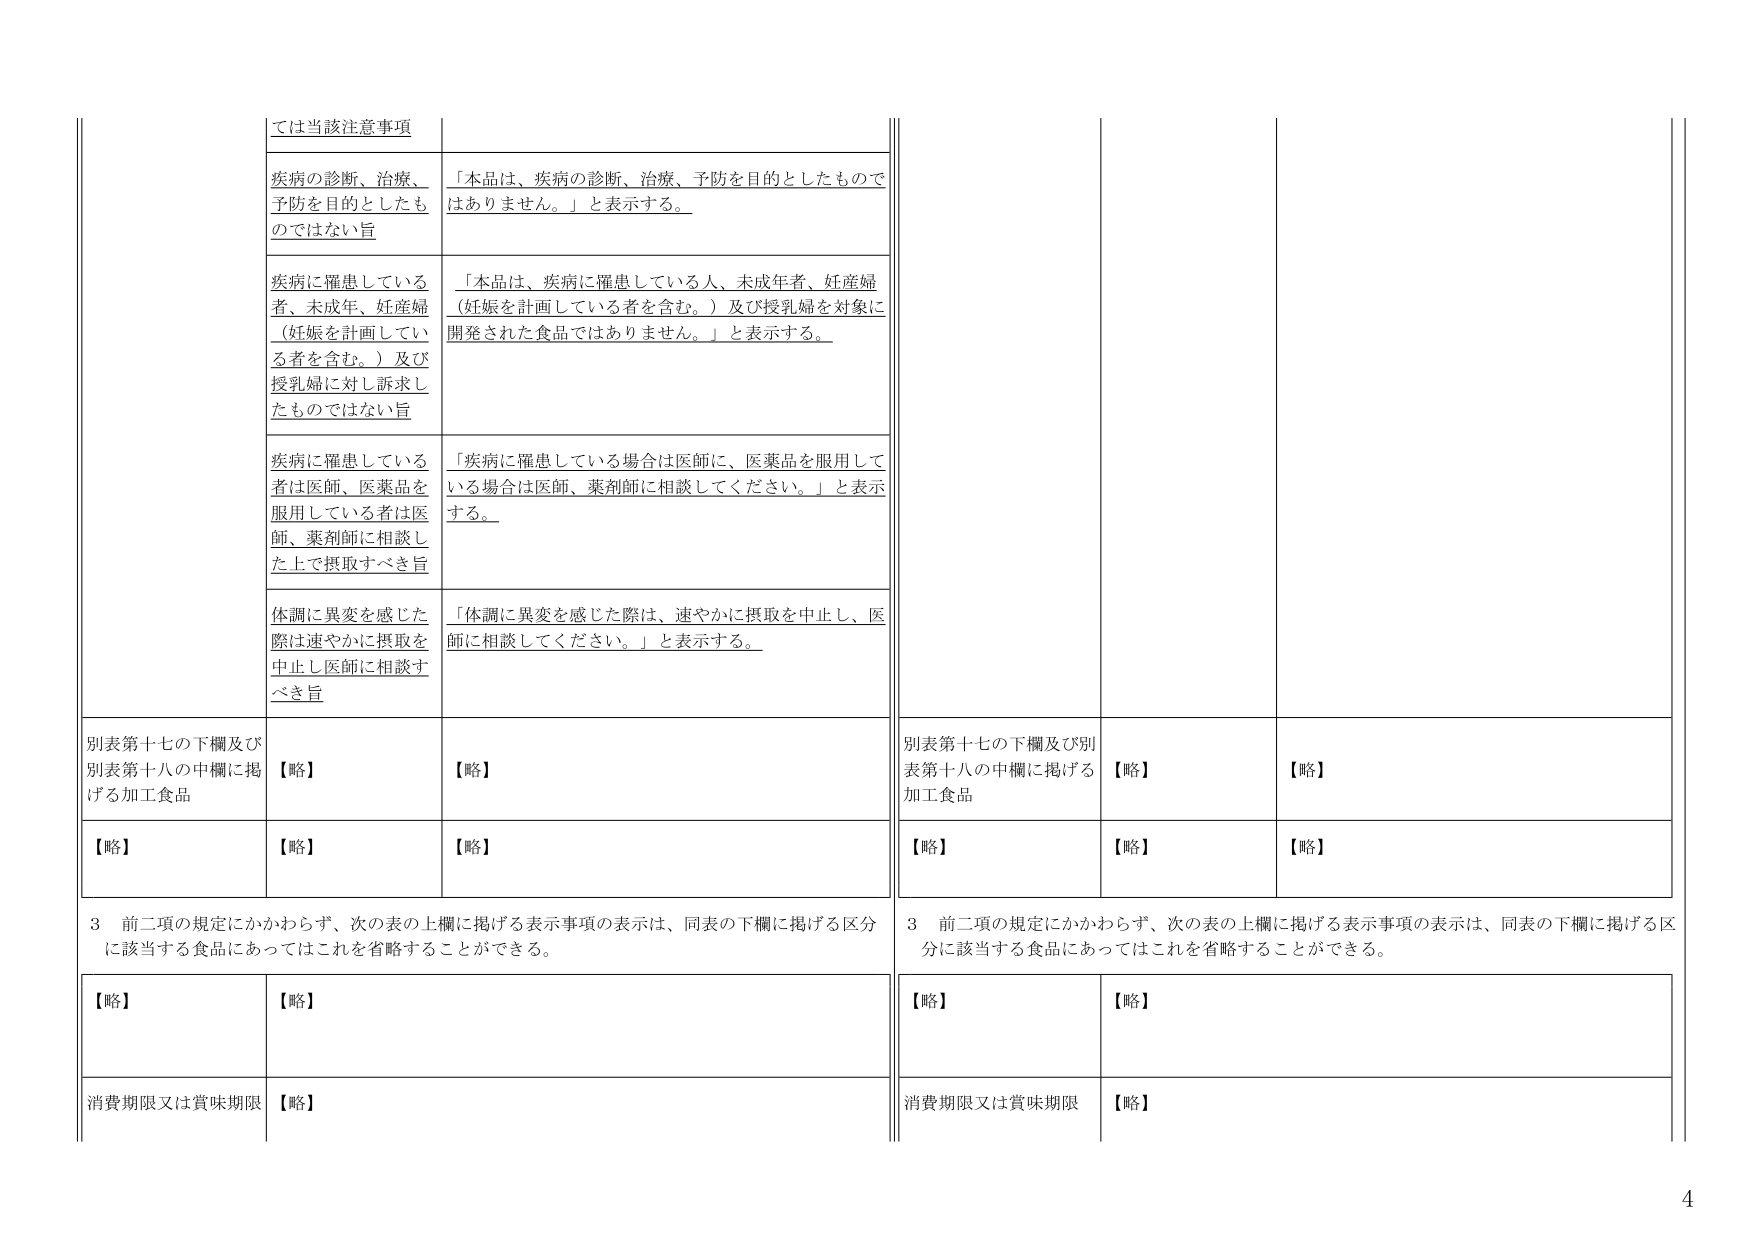
ては当該注意事項

疾病の診断、治療、
予防を目的としたも
のではない旨
「本品は、疾病の診断、治療、予防を目的としたもので
はありません。」と表示する。

疾病に罹患している
者、未成年、妊産婦
（妊娠を計画してい
る者を含む。）及び
授乳婦に対し訴求し
たものではない旨
「本品は、疾病に罹患している人、未成年者、妊産婦
（妊娠を計画している者を含む。）及び授乳婦を対象に
開発された食品ではありません。」と表示する。

疾病に罹患している
者は医師、医薬品を
服用している者は医
師、薬剤師に相談し
た上で摂取すべき旨
「疾病に罹患している場合は医師に、医薬品を服用して
いる場合は医師、薬剤師に相談してください。」と表示
する。

体調に異変を感じた
際は速やかに摂取を
中止し医師に相談す
べき旨
「体調に異変を感じた際は、速やかに摂取を中止し、医
師に相談してください。」と表示する。

別表第十七の下欄及び
別表第十八の中欄に掲
げる加工食品
【略】
【略】

【略】
【略】
【略】

3 前二項の規定にかかわらず、次の表の上欄に掲げる表示事項の表示は、同表の下欄に掲げる区分
に該当する食品にあってはこれを省略することができる。

【略】
【略】

消費期限又は賞味期限
【略】

別表第十七の下欄及び別
表第十八の中欄に掲げる
加工食品
【略】
【略】

【略】
【略】
【略】

3 前二項の規定にかかわらず、次の表の上欄に掲げる表示事項の表示は、同表の下欄に掲げる区
分に該当する食品にあってはこれを省略することができる。

【略】
【略】

消費期限又は賞味期限
【略】

4